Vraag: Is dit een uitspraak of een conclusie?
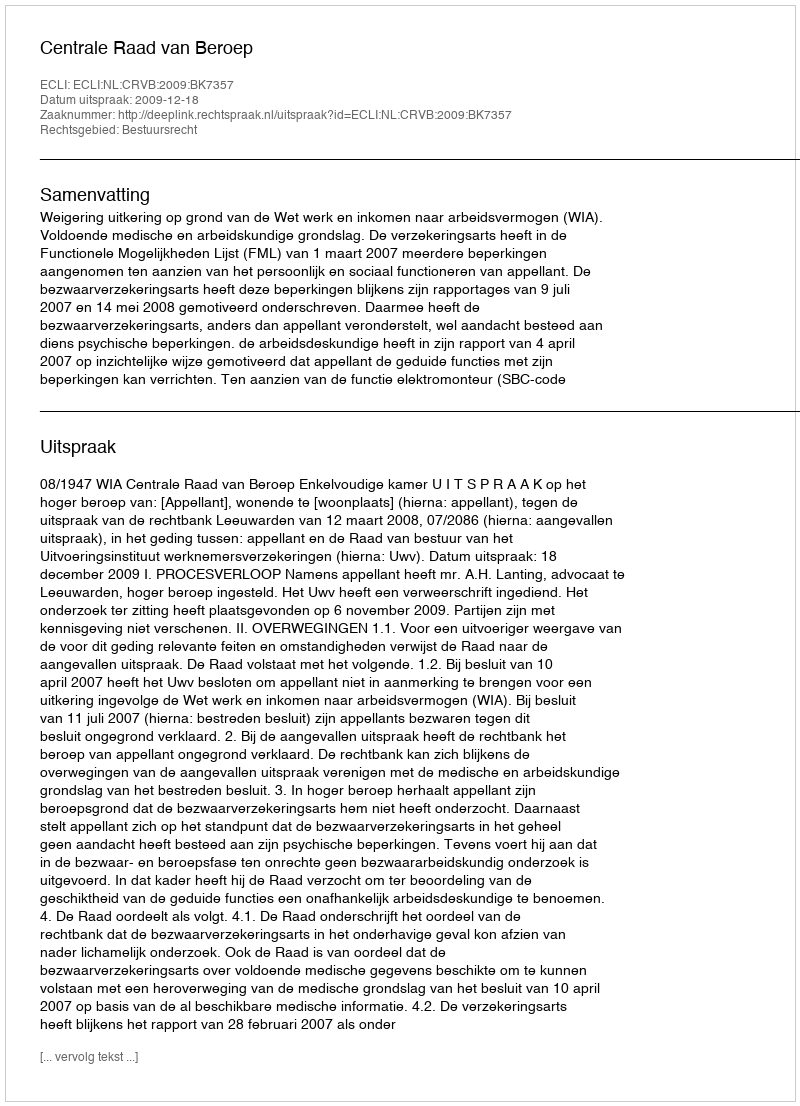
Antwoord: Uitspraak